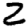
Digit: 2